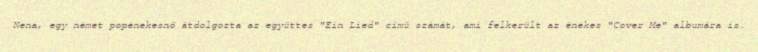
Nena, egy német popénekesnő átdolgozta az együttes "Ein Lied" című számát, ami felkerült az énekes "Cover Me" albumára is.